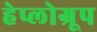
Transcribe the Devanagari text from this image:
हेप्लोग्रूप